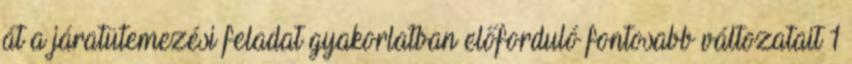
át a járatütemezési feladat gyakorlatban előforduló fontosabb változatait 1